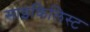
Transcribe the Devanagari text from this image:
साइकिलिस्ट